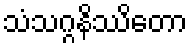
သံသဂ္ဂနိဿိတော